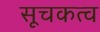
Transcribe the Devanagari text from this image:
सूचकत्व